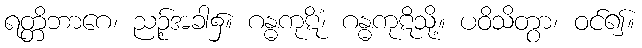
ရတ္တိဘာဂေ၊ ညဉ့်အခါ၌။ ဂန္ဓကုဋိံ၊ ဂန္ဓကုဋိသို့။ ပဝိသိတွာ၊ ဝင်၍။